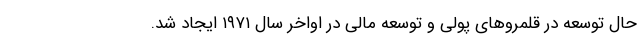
حال توسعه در قلمرو‌های پولی و توسعه مالی در اواخر سال ۱۹۷۱ ایجاد شد.